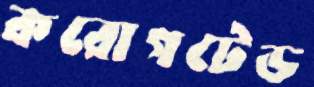
করোগটেড